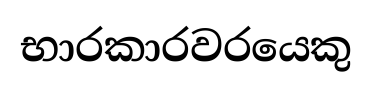
භාරකාරවරයෙකු